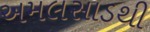
અમલસાડથી